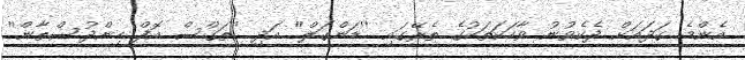
އެންމެ ގަދައަށް ދެކެވުނު ވާހަކަތަކުގެ ތެރޭގައި ''ޑަންގަލް'' އަދި ''ތަގްސް އޮފް ހިންދުސްތާން''